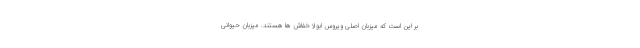
بر این است که میزبان اصلی ویروس ابولا خفاش ها هستند. میزبان حیوانی